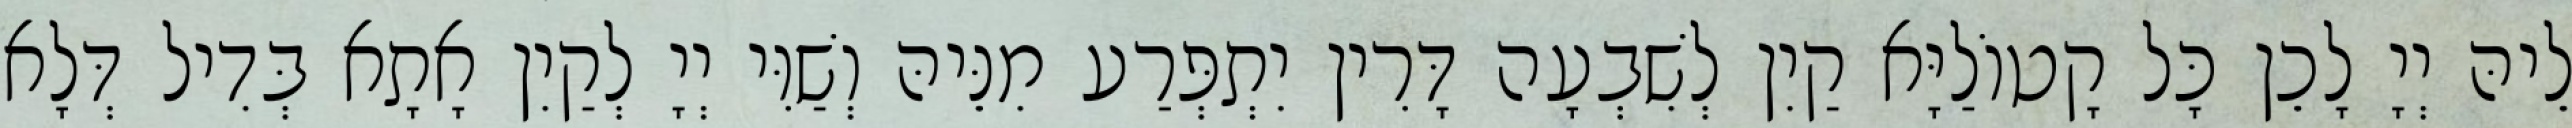
לֵיהּ יְיָ לָכֵן כָּל קָטוֹלַיָּא קַיִן לְשִׁבְעָה דָּרִין יִתְפְּרַע מִנֵּיהּ וְשַׁוִּי יְיָ לְקַיִן אָתָא בְּדִיל דְּלָא